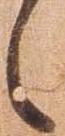
之